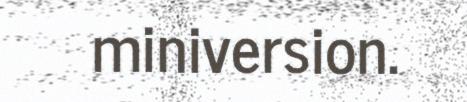
miniversion.